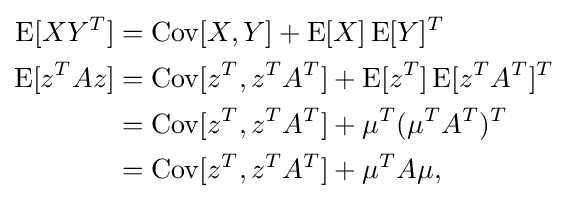
{\begin{aligned}\operatorname {E} [XY^{T}]&=\operatorname {Cov} [X,Y]+\operatorname {E} [X]\operatorname {E} [Y]^{T}\\\operatorname {E} [z^{T}Az]&=\operatorname {Cov} [z^{T},z^{T}A^{T}]+\operatorname {E} [z^{T}]\operatorname {E} [z^{T}A^{T}]^{T}\\&=\operatorname {Cov} [z^{T},z^{T}A^{T}]+\mu ^{T}(\mu ^{T}A^{T})^{T}\\&=\operatorname {Cov} [z^{T},z^{T}A^{T}]+\mu ^{T}A\mu ,\end{aligned}}